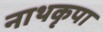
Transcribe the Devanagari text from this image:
नाथकृपा